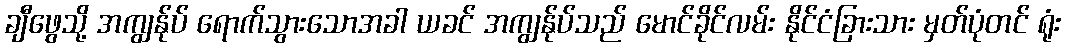
ချီဖွေသို့ အကျွန်ုပ် ရောက်သွားသောအခါ ယခင် အကျွန်ုပ်သည် မောင်ခိုင်လမ်း နိုင်ငံခြားသား မှတ်ပုံတင် ရုံး